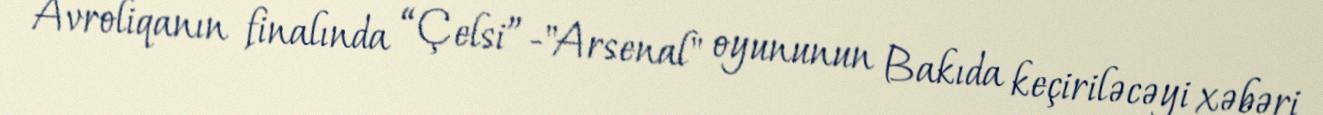
Avroliqanın finalında “Çelsi”-"Arsenal" oyununun Bakıda keçiriləcəyi xəbəri